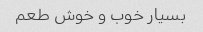
بسیار خوب و خوش طعم